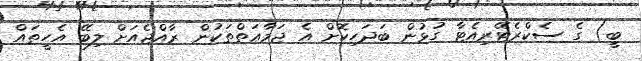
ބީ) ގެ ސެކްރެޓޭރިއެޓާ ގުޅުން ބަދަހިކޮށް އެ ޖަމާޢަތްތަކުން ރާއްޖެއަށް ލިބޭ އެހީތައް